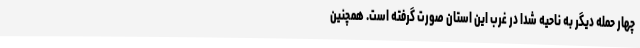
چهار حمله دیگر به ناحیه شدا در غرب این استان صورت گرفته است. همچنین